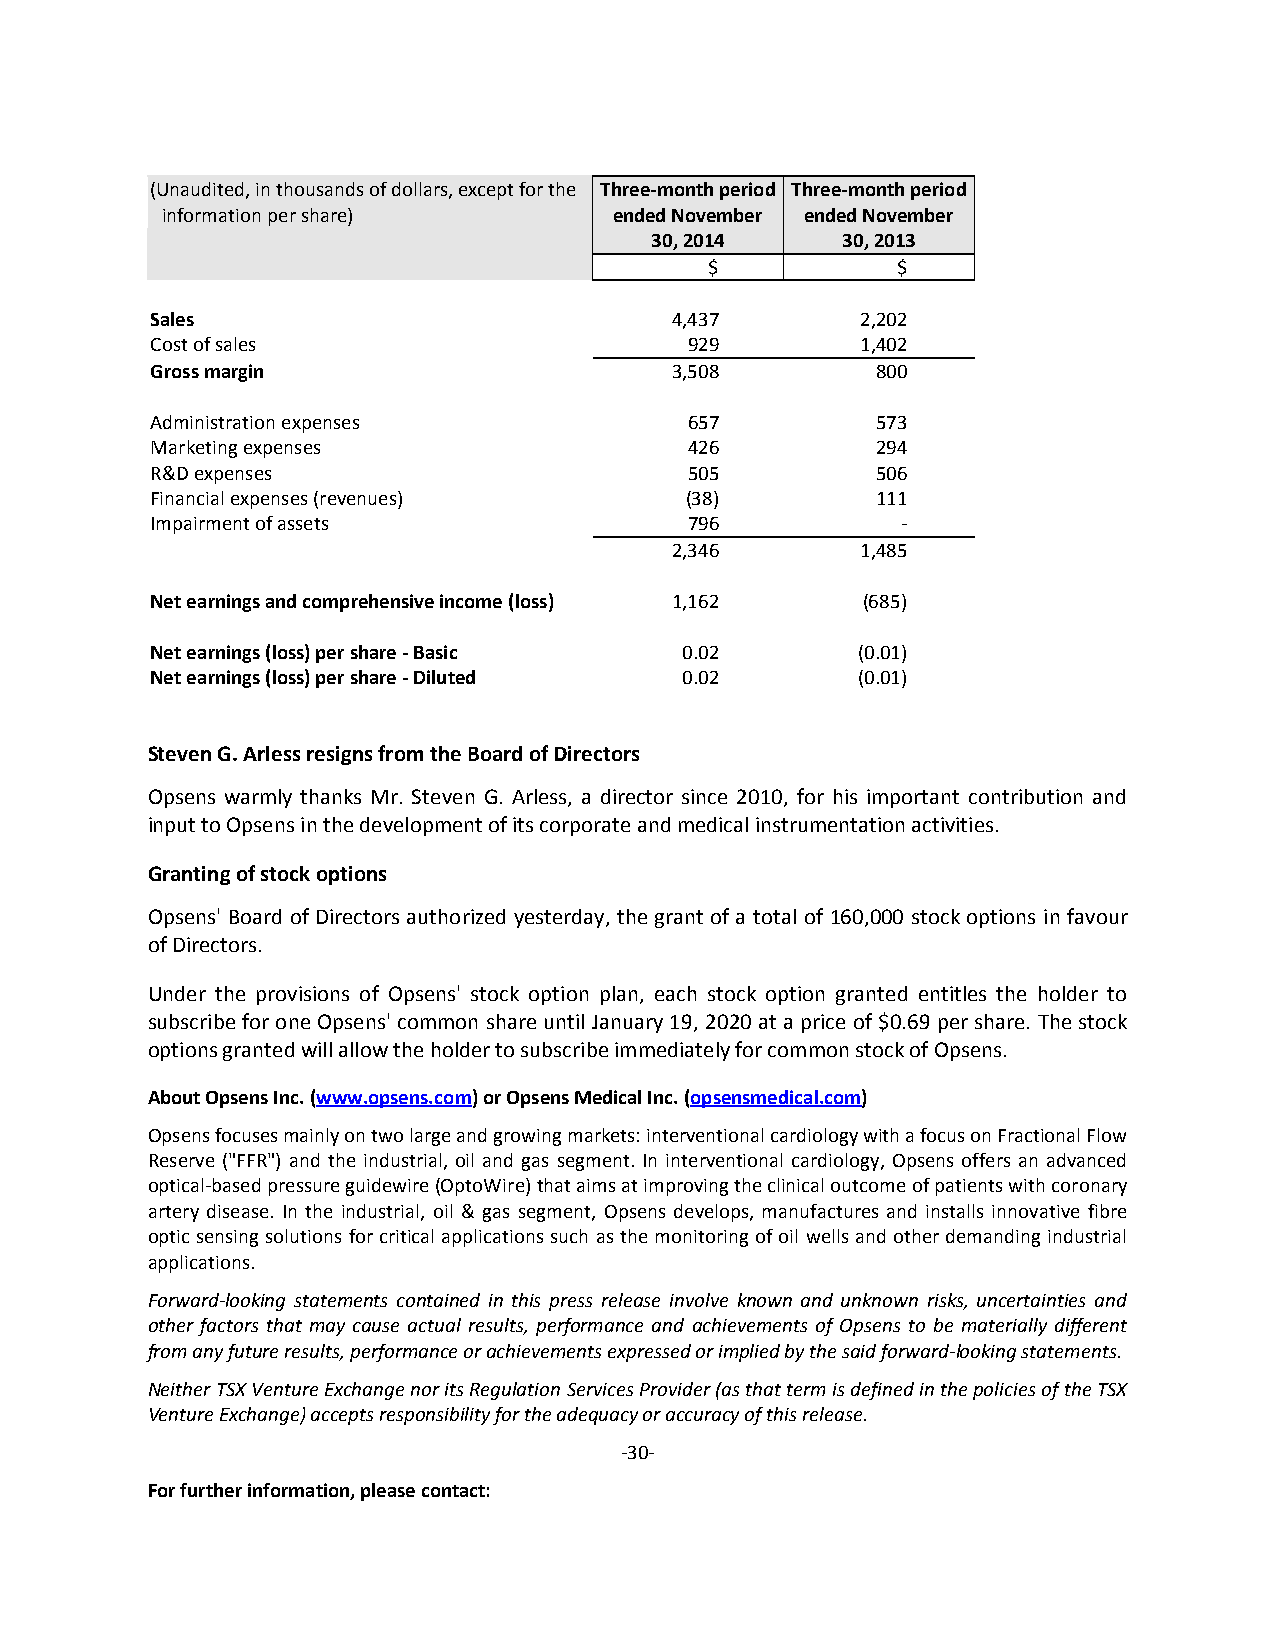
(Unaudited, in thousands of dollars, except for the Three-month period Three-month period
 information per share)        ended November e nded November
 30, 2014     30, 2013
 $           $
 Sales                             4,437        2,202
 Cost of sales                       929        1,402
 Gross margin                      3,508         800
 Administration expenses             657         573
 Marketing expenses                  426         294
 R&D expenses                        505         506
 Financial expenses (revenues)      (38)         111
 Impairment of assets                796           -
 2,346        1,485
 Net earnings and comprehensive income (loss) 1,162 (685)
 Net earnings (loss) per share - Basic 0.02     (0.01)
 Net earnings (loss) per share - Diluted 0.02   (0.01)
 Steven G. Arless resigns from the Board of Directors
 Opsens warmly thanks Mr. Steven G. Arless, a director since 2010, for his important contribution and
 input to Opsens in the development of its corporate and medical instrumentation activities.
 Granting of stock options
 Opsens' Board of Directors authorized yesterday, the grant of a total of 160,000 stock options in favour
 of Directors.
 Under the provisions of Opsens' stock option plan, each stock option granted entitles the holder to
 subscribe for one Opsens' common share until January 19, 2020 at a price of $0.69 per share. The stock
 options granted will allow the holder to subscribe immediately for common stock of Opsens.
 About Opsens Inc. (www.opsens.com) or Opsens Medical Inc. (opsensmedical.com)
 Opsens focuses mainly on two large and growing markets: interventional cardiology with a focus on Fractional Flow
 Reserve ("FFR") and the industrial, oil and gas segment. In interventional cardiology, Opsens offers an advanced
 optical-based pressure guidewire (OptoWire) that aims at improving the clinical outcome of patients with coronary
 artery disease. In the industrial, oil & gas segment, Opsens develops, manufactures and installs innovative fibre
 optic sensing solutions for critical applications such as the monitoring of oil wells and other demanding industrial
 applications.
 Forward-looking statements contained in this press release involve known and unknown risks, uncertainties and
 other factors that may cause actual results, performance and achievements of Opsens to be materially different
 from any future results, performance or achievements expressed or implied by the said forward-looking statements.
 Neither TSX Venture Exchange nor its Regulation Services Provider (as that term is defined in the policies of the TSX
 Venture Exchange) accepts responsibility for the adequacy or accuracy of this release.
 -30-
 For further information, please contact: